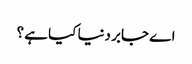
اے جابر دنیا کیا ہے ؟